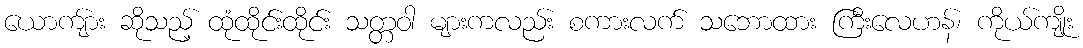
ယောကျ်ား ဆိုသည့် ထုံထိုင်းထိုင်း သတ္တဝါ များကလည်း စကားလက် သဘောထား ကြီးလေဟန်၊ ကိုယ်ကျိုး